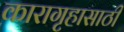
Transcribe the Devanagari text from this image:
कारागृहासाठी